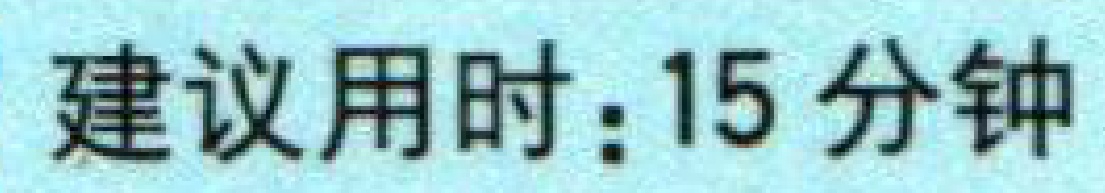
建议用时：15 分钟